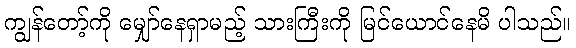
ကျွန်တော့်ကို မျှော်နေရှာမည့် သားကြီးကို မြင်ယောင်နေမိ ပါသည်။